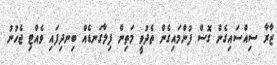
ޒާރާ ސިއްސައިގެން ގޮސް ފުންމައިގެން ތެދުވީ މަތިން ފިލާގަނޑެއް ބިނދިފައި ވެއްޓި ޖެހުނު